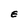
Character: E